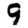
Digit: 9